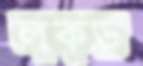
লকড